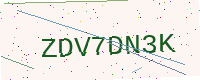
Text: ZDV7DN3K